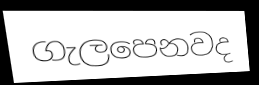
ගැලපෙනවද